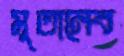
মুতালেব